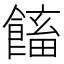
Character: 𩝲